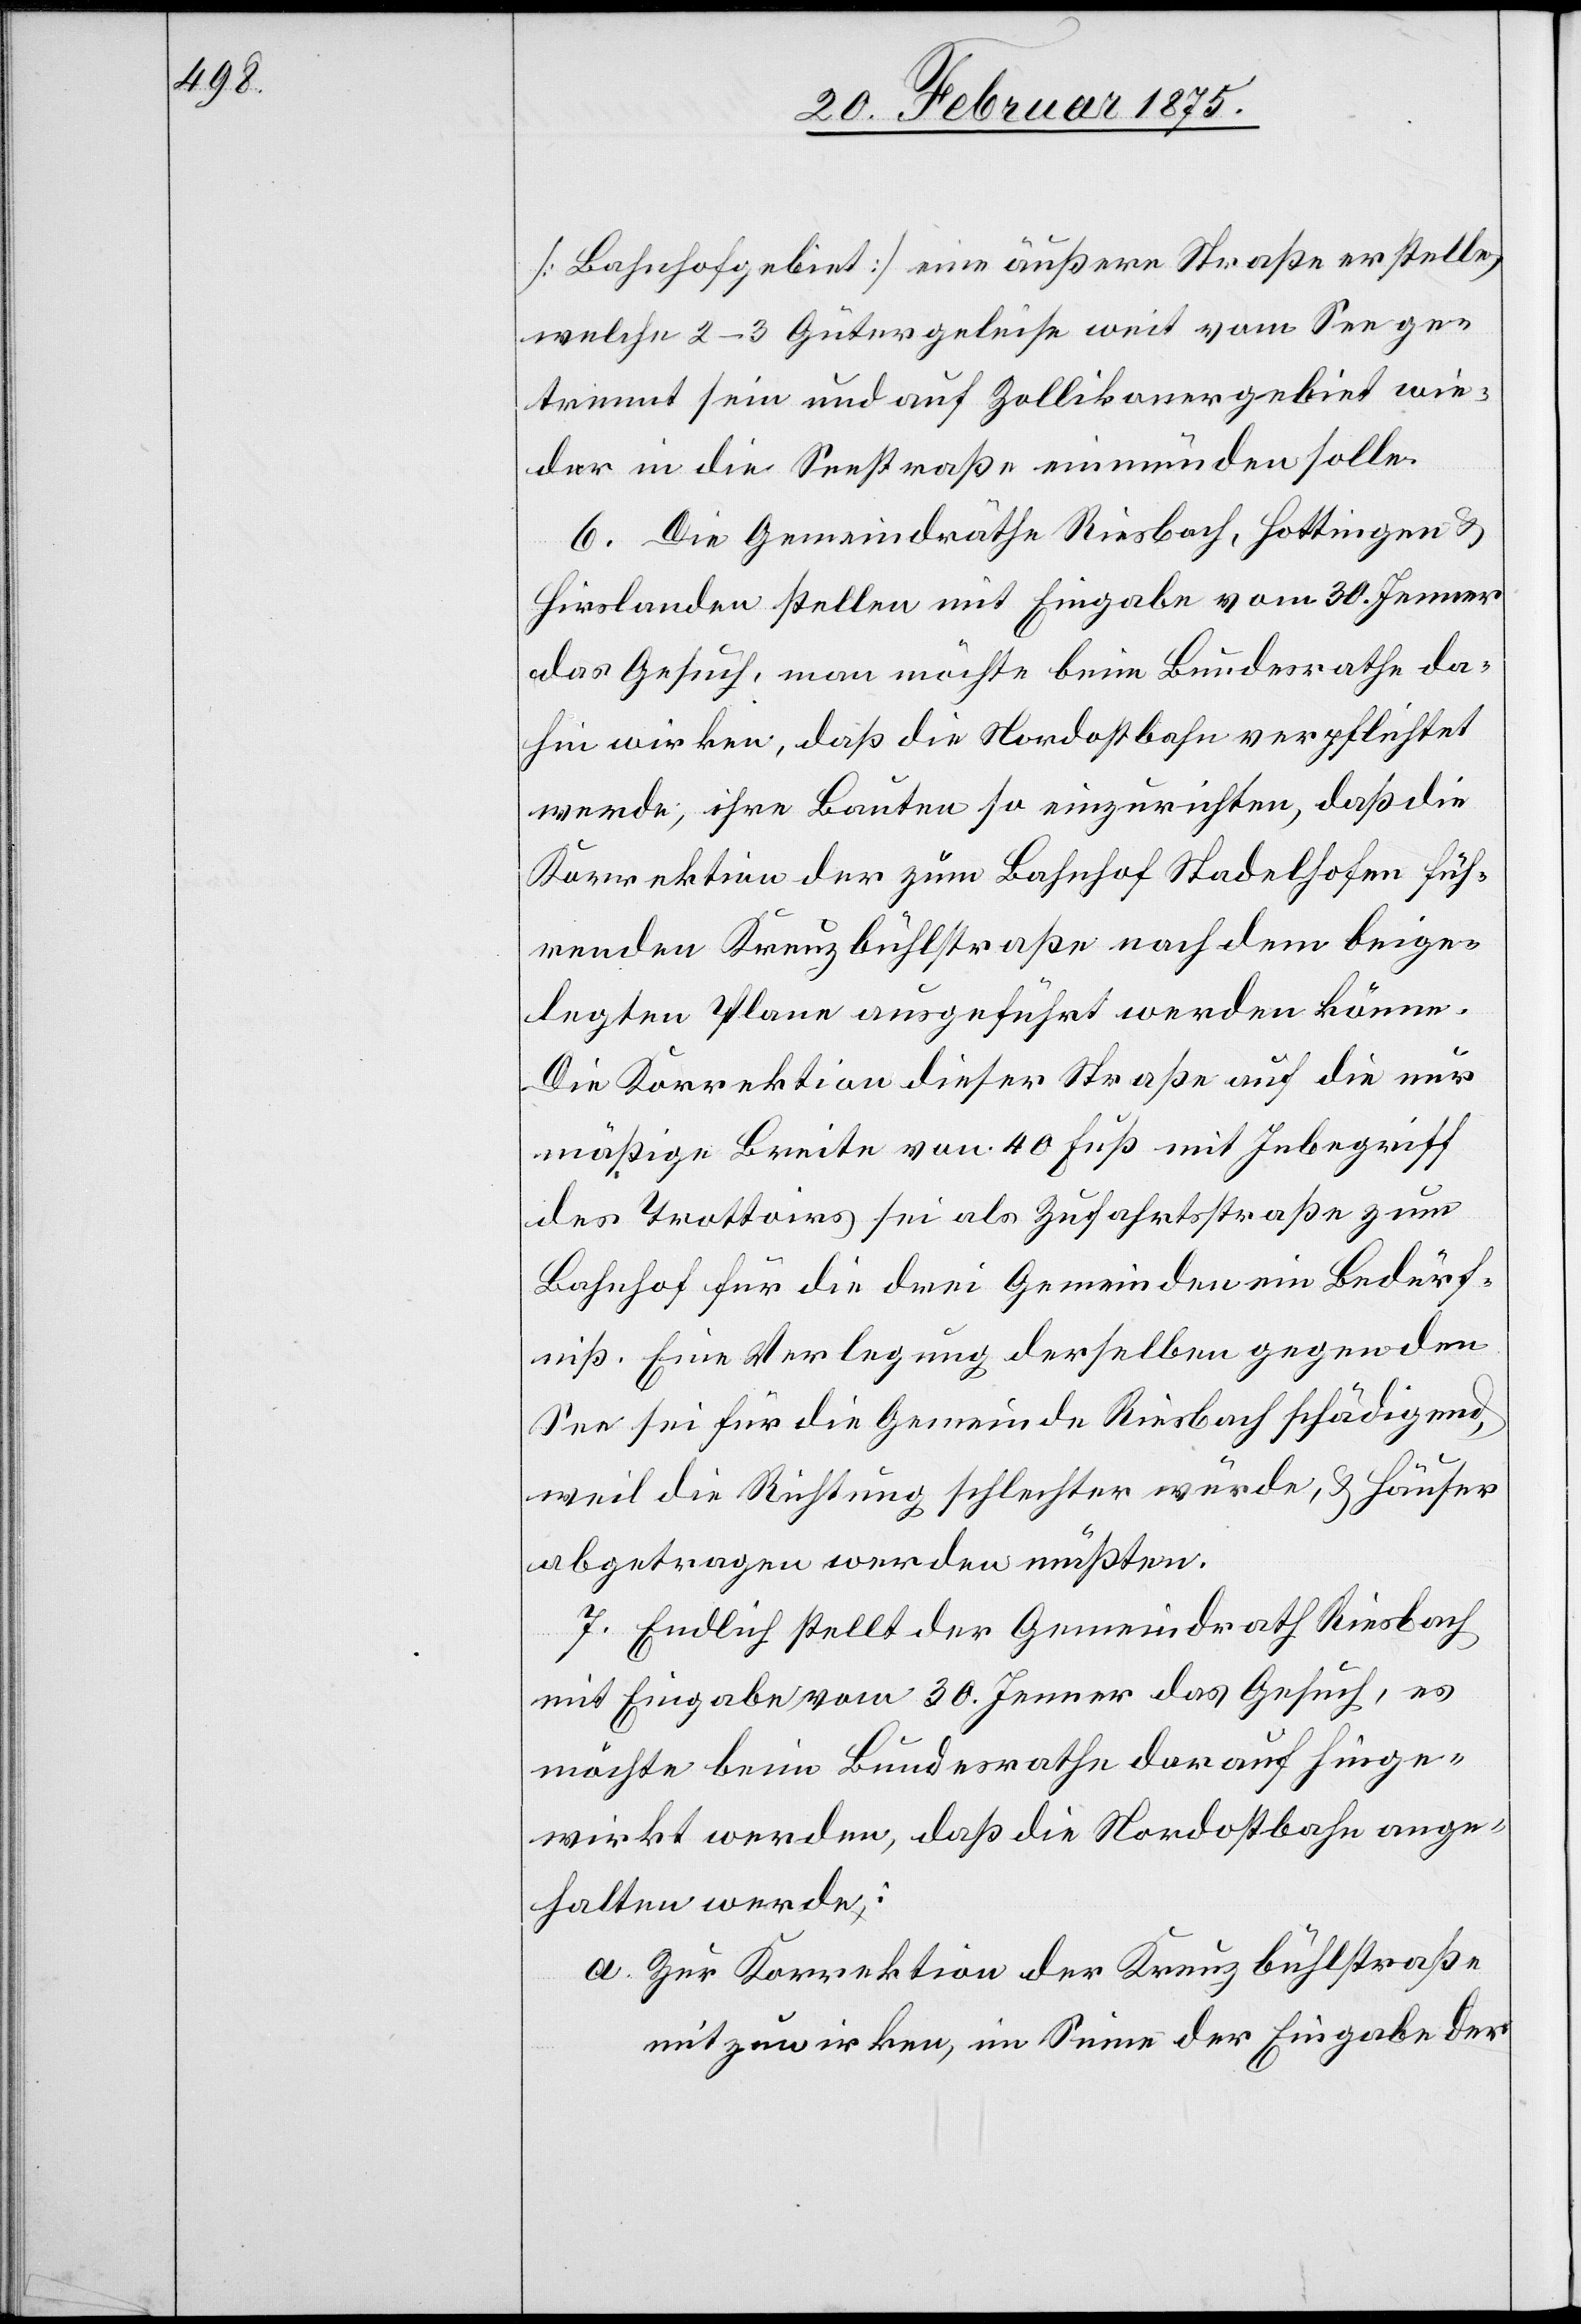
[Bahnhofgebiet] eine äußere Straße erstelle,
welche 2–3 Gütergeleise weit vom See ge¬
trennt sein und auf Zollikonergebiet wie¬
der in die Seestraße einmünden solle.
6. Die Gemeindräthe Riesbach, Hottingen u.
Hirslanden stellen mit Eingabe vom 30. Jenner
das Gesuch, man möchte beim Bundesrathe da¬
hin wirken, daß die Nordostbahn verpflichtet
werde, ihre Bauten so einzurichten, das die
Korrektion der zum Bahnhof Stadelhofen füh¬
renden Kreuzbühlstraße nach dem beige¬
legten Plane ausgeführt werden könne.
Die Korrektion dieser Straße auf die nur
mäßige Breite von 40 Fuß mit Inbegriff
des Trottoirs sei als Zufahrtsstraße zum
Bahnhof für die drei Gemeinden ein Bedürf¬
niß. Eine Verlegung derselben gegen den
See sei für die Gemeinden Riesbach schädigend,
weil die Richtung schlechter würde, u. Häuser
abgetragen werden müßten.
7. Endlich stellt der Gemeindrath Riesbach
mit Eingabe vom 30. Jenner das Gesuch, es
möchte beim Bundesrathe darauf hinge¬
wirkt werden, daß die Nordostbahn ange¬
halten werde:
a. Zur Korrektion der Kreuzbühlstraße
mitzuwirken, im Sinne der Eingabe der